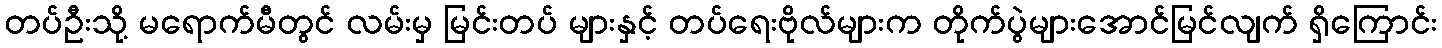
တပ်ဦးသို့ မရောက်မီတွင် လမ်းမှ မြင်းတပ် များနှင့် တပ်ရေးဗိုလ်များက တိုက်ပွဲများအောင်မြင်လျက် ရှိကြောင်း